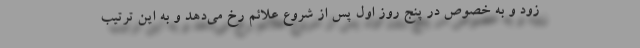
زود و به خصوص در پنج روز اول پس از شروع علائم رخ می‌دهد و به این ترتیب